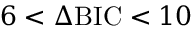
6 < \Delta \mathrm { B I C } < 1 0